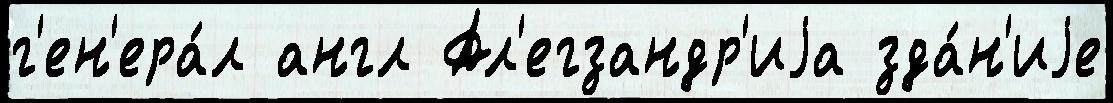
г'ен'ера́л англ Ал'егзандр'иjа зда́н'иjе